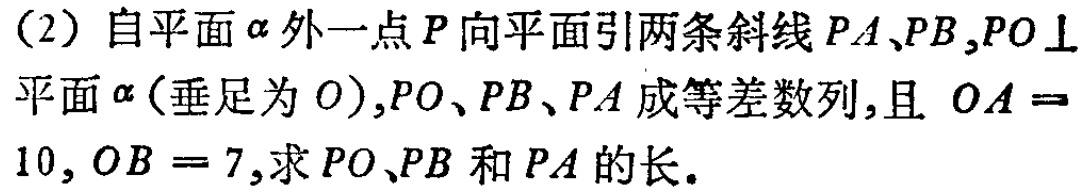
(2) 自平面\(\alpha\)外一点\(P\)向平面引两条斜线\(PA、PB\)，\(PO \perp\)平面\(\alpha\)（垂足为\(O\)），\(PO、PB、PA\)成等差数列，且 \(OA = 10\)，\(OB = 7\)，求\(PO、PB\)和\(PA\)的长。